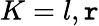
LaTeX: K=l,\mathtt{r}